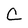
Character: C